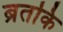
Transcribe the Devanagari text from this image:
ब्रतकि